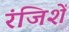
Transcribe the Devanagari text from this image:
रंजिशें